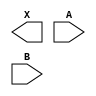
module sky130_fd_sc_hd__and2 (
    X,
    A,
    B
);

    output X;
    input  A;
    input  B;

    // Voltage supply signals
    supply1 VPWR;
    supply0 VGND;
    supply1 VPB ;
    supply0 VNB ;

endmodule